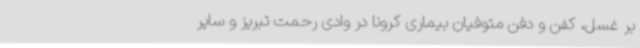
بر غسل، کفن و دفن متوفیان بیماری کرونا در وادی رحمت تبریز و سایر